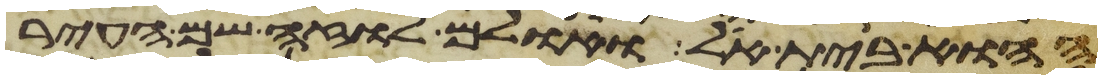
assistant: ההוא בית אל ואולם לוזה שם העיר